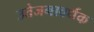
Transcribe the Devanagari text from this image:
उत्तेजनावर्धक